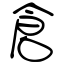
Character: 倉